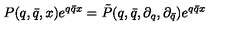
P ( q , \bar { q } , x ) e ^ { q \bar { q } x } = \tilde { P } ( q , \bar { q } , \partial _ { q } , \partial _ { \bar { q } } ) e ^ { q \bar { q } x }